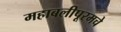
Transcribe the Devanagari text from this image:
महाबलीपूरमचे